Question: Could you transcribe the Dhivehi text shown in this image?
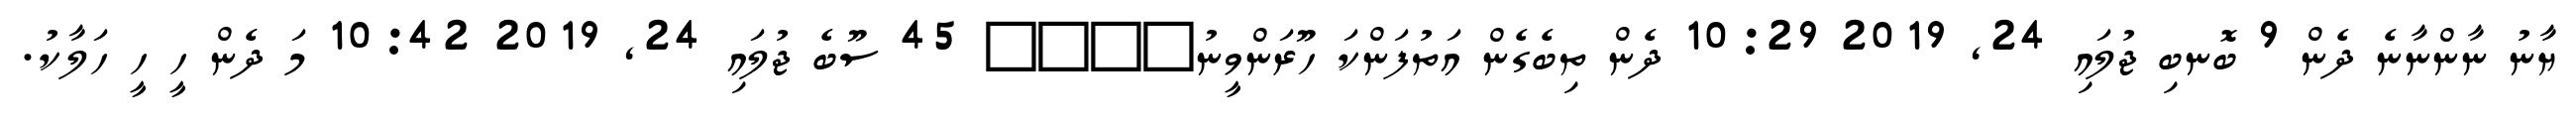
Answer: ޔާނު ނާންނާނެ ދެން 9 ބޮނބި ޖުލައި 24, 2019 10:29 ދެން ތިބެގެން އަތުފަންކަ ހޫރަންވީނު???? 45 ސޫބެ ޖުލައި 24, 2019 10:42 މަ ދެން ހީ ހީ ހަލާކު.